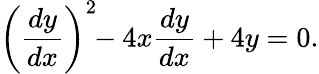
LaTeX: \left({\frac{dy}{dx}}\right)^{2}\! \! -4x{\frac{dy}{dx}}+4y=0.